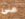
على